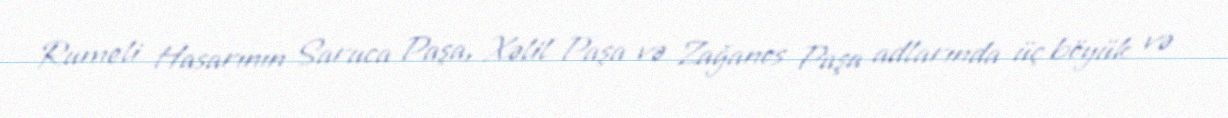
Rumeli Hasarının Saruca Paşa, Xəlil Paşa və Zağanos Paşa adlarında üç böyük və